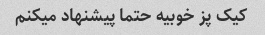
کیک پز خوبیه حتما پیشنهاد میکنم